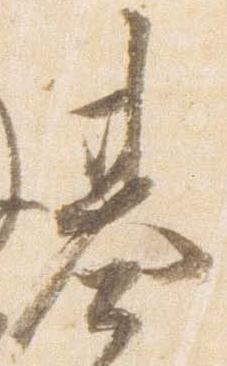
基